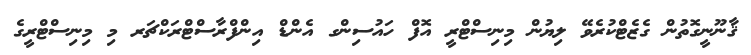
ޤާނޫނީގޮތުން ގެޒެޓްކުރެވޭ ލިޔުން މިނިސްޓްރީ އޮފް ހައުސިންގ އެންޑް އިންފްރާސްޓްރަކްޗަރ މި މިނިސްޓްރީގެ